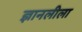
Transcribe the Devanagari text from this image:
ज्ञानलीला